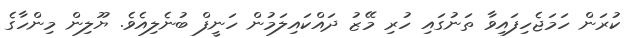
ކުރަން ހަމަޖެހިފައިވާ ތަނުގައި ހުރި މޭޒު ދައްކައިލަމުން ހަނީފް ބުނެލިއެވެ. ޔޫލިން މިންހާގެ